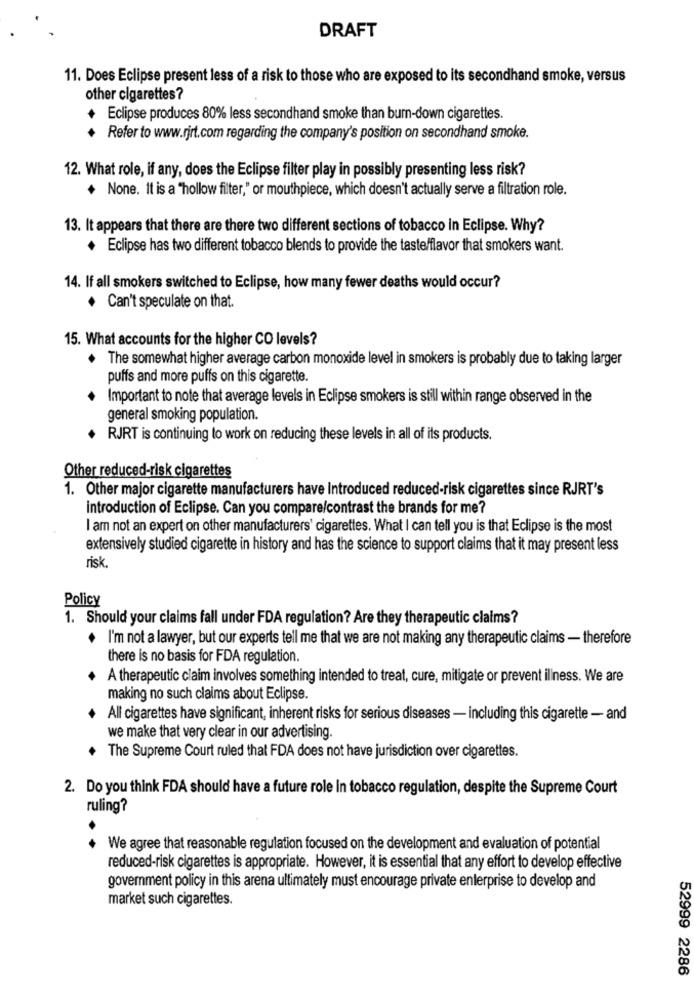
DRAFT
11. Does Eclipse present less of a risk to those who are exposed to its secondhand smoke, versus
other cigarettes?
+ Eclipse produces 80% less secondhand smoke than burn-down cigarettes.
Refer to www.rjrt.com regarding the company's position on secondhand smoke.
12. What role, if any, does the Eclipse filter play in possibly presenting less risk?
+ None. It is a "hollow filter," or mouthpiece, which doesn't actually serve a filtration role.
13. It appears that there are there two different sections of tobacco in Eclipse. Why?
. Eclipse has two different tobacco blends to provide the taste/flavor that smokers want.
14. If all smokers switched to Eclipse, how many fewer deaths would occur?
Can't speculate on that.
15. What accounts for the higher CO levels?
The somewhat higher average carbon monoxide level in smokers is probably due to taking larger
puffs and more puffs on this cigarette.
Important to note that average levels in Eclipse smokers is still within range observed in the
general smoking population.
+ RJRT is continuing to work on reducing these levels in all of its products.
Other reduced-risk cigarettes
1. Other major cigarette manufacturers have Introduced reduced-risk cigarettes since RJRT's
introduction of Eclipse. Can you compare/contrast the brands for me?
I am not an expert on other manufacturers' cigarettes. What I can tell you is that Eclipse is the most
extensively studied cigarette in history and has the science to support claims that it may present less
risk.
Policy
1. Should your claims fall under FDA regulation? Are they therapeutic claims?
I'm not a lawyer, but our experts tell me that we are not making any therapeutic claims - therefore
there is no basis for FDA regulation.
A therapeutic claim involves something intended to treat, cure, mitigate or prevent illness. We are
making no such claims about Eclipse.
All cigarettes have significant, inherent risks for serious diseases - including this cigarette - and
we make that very clear in our advertising.
The Supreme Court ruled that FDA does not have jurisdiction over cigarettes.
2. Do you think FDA should have a future role In tobacco regulation, despite the Supreme Court
ruling?
We agree that reasonable regulation focused on the development and evaluation of potential
reduced-risk cigarettes is appropriate. However, it is essential that any effort to develop effective
government policy in this arena ultimately must encourage private enterprise to develop and
market such cigarettes.
52999 2286